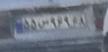
۵۵س۹۶۹۶۸